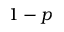
1 - p